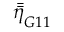
\bar { \bar { \eta } } _ { G 1 1 }